Report on vaccination in the Province of Bengal - 1874-1889
Year: 1874
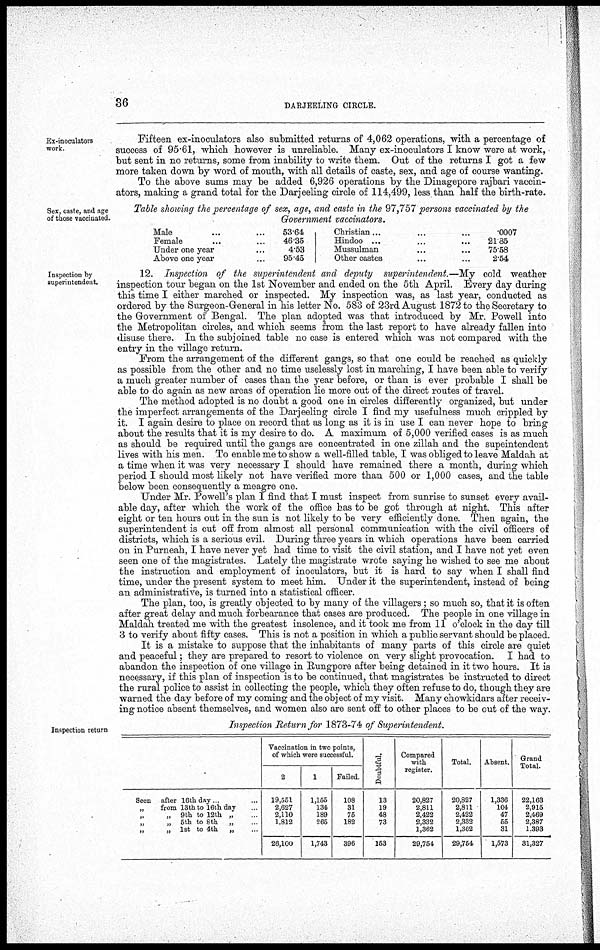
36
DARJEELING CIRCLE.
Ex-inoculators
work.
Fifteen ex-inoculators also submitted returns of 4,062 operations, with a percentage of
success of 95.61, which however is unreliable. Many ex-inoculators I know were at work,
but sent in no returns, some from inability to write them. Out of the returns I got a few
more taken down by word of mouth, with all details of caste, sex, and age of course wanting.
To the above sums may be added 6,926 operations by the Dinagepore rajbari vaccin-
ators, making a grand total for the Darjeeling circle of 114,499, less than half the birth-rate.
Sex, caste, and age
of those vaccinated.
Table showing the percentage of sex, age, and caste in the 97,757 persons vaccinated by the
Government vaccinators.
Male ... ...
Female ... ...
Under one year ...
Above one year ...
53.64
46.35
4.53
95.45
Christian...
...
...
Hindoo ...
...
...
Mussulman
...
...
Other castes
...
...
.0007
2185
75.58
2.54
Inspection by
superintendent.
12. Inspection of the superintendent and deputy superintendent.—My cold weather
inspection tour began on the 1st November and ended on the 5th April. Every day during
this time I either marched or inspected. My inspection was, as last year, conducted as
ordered by the Surgeon-General in his letter No. 583 of 23rd August 1872 to the Secretary to
the Government of Bengal. The plan adopted was that introduced by Mr. Powell into
the Metropolitan circles, and which seems from the last report to have already fallen into
disuse there. In the subjoined table no case is entered which was not compared with the
entry in the village return.
From the arrangement of the different gangs, so that one could be reached as quickly
as possible from the other and no time uselessly lost in marching, I have been able to verify
a much greater number of cases than the year before, or than is ever probable I shall be
able to do again as new areas of operation lie more out of the direct routes of travel.
The method adopted is no doubt a good one in circles differently organized, but under
the imperfect arrangements of the Darjeeling circle I find my usefulness much crippled by
it. I again desire to place on record that as long as it is in use I can never hope to bring
about the results that it is my desire to do. A maximum of 5,000 verified cases is as much
as should be required until the gangs are concentrated in one zillah and the supeintendent
lives with his men. To enable me to show a well-filled table, I was obliged to leave Maldah at
a time when it was very necessary I should have remained there a month, during which
period I should most likely not have verified more than 500 or 1,000 cases, and the table
below been consequently a meagre one.
Under Mr. Powell's plan I find that I must inspect from sunrise to sunset every avail-
able day, after which the work of the office has to be got through at night. This after
eight or ten hours out in the sun is not likely to be very efficiently done. Then again, the
superintendent is cut off from almost all personal communication with the civil officers of
districts, which is a serious evil. During three years in which operations have been carried
on in Purneah, I have never yet had time to visit the civil station, and I have not yet even
seen one of the magistrates. Lately the magistrate wrote saying he wished to see me about
the instruction and employment of inoculators, but it is hard to say when I shall find
time, under the present system to meet him. Under it the superintendent, instead of being
an administrative, is turned into a statistical officer.
The plan, too, is greatly objected to by many of the villagers; so much so, that it is often
after great delay and much forbearance that cases are produced. The people in one village in
Maldah treated me with the greatest insolence, and it took me from 11 o'clock in the day till
3 to verify about fifty cases. This is not a position in which a public servant should be placed.
It is a mistake to suppose that the inhabitants of many parts of this circle are quiet
and peaceful; they are prepared to resort to violence on very slight provocation. I had to
abandon the inspection of one village in Rungpore after being detained in it two hours. It is
necessary, if this plan of inspection is to be continued, that magistrates be instructed to direct
the rural police to assist in collecting the people, which they often refuse to do. though they are
warned the day before of my coming and the object of my visit. Many chowkidars after receiv-
ing notice absent themselves, and women also are sent off to other places to be out of the way.
Inspection return
Inspection Return for 1873-74 of Superintendent.
Seen after 16th day. ...
„
from 13th to 16th day ...
„
„ 9th to 12th „ ...
„
„ 5th to 8th
„ ...
„
„ 1st to 4th
„ ...
Vaccination in two points,
of which were successful.
2
19,551
2,627
2,110
1,812
26,100
1
1,155
134
189
265
1,743
Failed
108
31
75
182
396
Doubtful.
13
19
48
73
153
Compared
with
register.
20,827
2,811
2,422
2,332
1,362
29,754
Total.
20,827
2,811
2,422
2,332
1,362
29,754
Absent.
1,336
104
47
55
31
1,573
Grand
Total.
22,163
2,9156
2,469
2,387
1,393
31,327